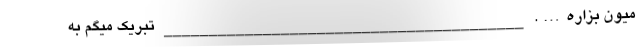
میون بزاره…. ________________________________________ تبریک میگم به